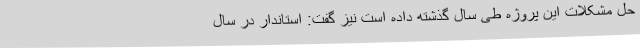
حل مشکلات این پروژه طی سال گذشته داده است نیز گفت: استاندار در سال